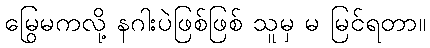
မြွေမကလို့ နဂါးပဲဖြစ်ဖြစ် သူမှ မ မြင်ရတာ။